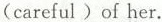
(careful)of her.